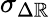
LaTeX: \sigma_{\Delta\mathbb{R}}